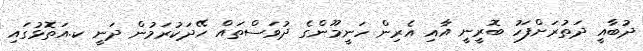
ދުބާއީ ދަތުރަށްފަހު ބޮރީނީ އާއި އެރިން ހަނީމޫންގެ ދުވަސްތައް ހޭދަކުރަމުން ދަނީ ކ.އަތޮޅުގައި